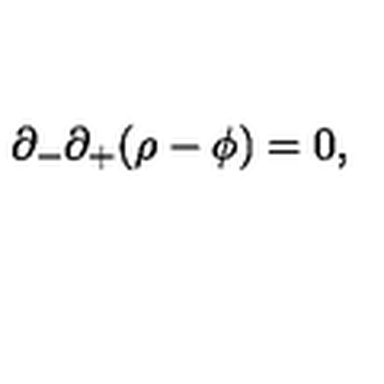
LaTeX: \partial _ { - } \partial _ { + } ( \rho - \phi ) = 0 ,